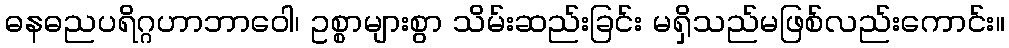
ဓနဓညပရိဂ္ဂဟာဘာဝေါ၊ ဥစ္စာများစွာ သိမ်းဆည်းခြင်း မရှိသည်မဖြစ်လည်းကောင်း။